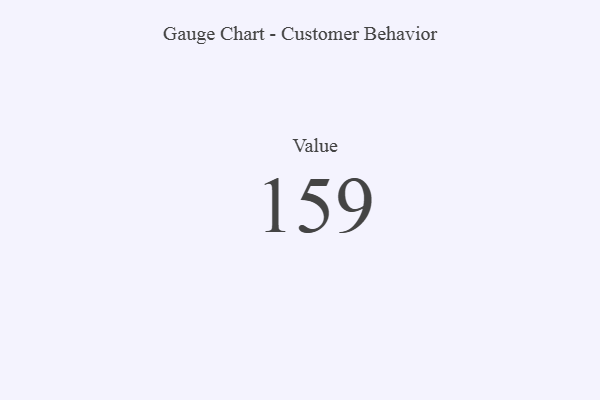
{"axis": {"x": "Metric", "y": "Value"}, "legend": [""], "data": [{"x": "Value", "y": 159, "type": ""}]}